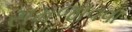
સમજાવવા